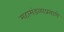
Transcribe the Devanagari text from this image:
महामंडळाप्रमाणे